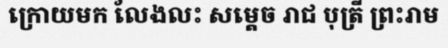
ក្រោយមក លែងលះ សម្តេច រាជ បុត្រី ព្រះរាម